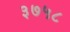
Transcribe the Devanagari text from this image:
३७५८